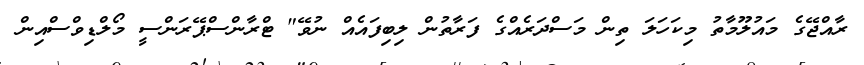
ރާއްޖޭގެ މައުލޫމާތު މިކަހަލަ ތިން މަސްދަރެއްގެ ފަރާތުން ލިބިފައެއް ނުވޭ" ޓްރާންސްޕޭރަންސީ މޯލްޑިވްސްއިން